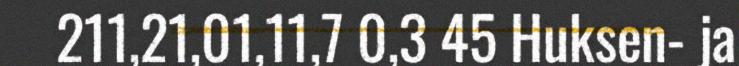
211,21,01,11,7 0,3 45 Huksen- ja